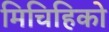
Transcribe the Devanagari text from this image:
मिचिहिको